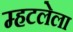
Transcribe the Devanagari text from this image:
म्हटलेला